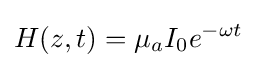
H(z,t)=\mu _{a}I_{0}e^{-\omega t}